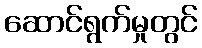
ဆောင်ရွက်မှုတွင်